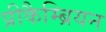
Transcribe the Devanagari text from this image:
प्रीकैम्ब्रियन